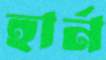
হার্ন